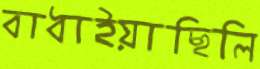
বাধাইয়াছিলি